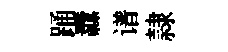
踊纛谱隷